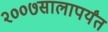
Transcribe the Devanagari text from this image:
२००७सालापर्यंत